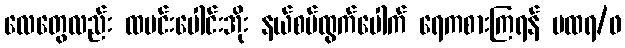
လေတွေလည်း ထမင်းပေါင်းအိုး နယ်စပ်ထွက်ပေါက် ရေကစားကြရန် ပထရ/ဖ